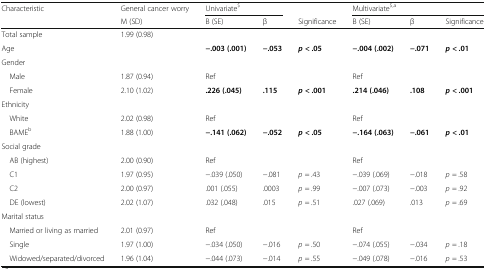
<table><thead><tr><td><b>Characteristic</b></td><td><b>General cancer worry</b></td><td colspan="2"><b>Univariate<sup>$</sup></b></td><td></td><td colspan="3"><b>Multivariate<sup>$,a</sup></b></td></tr><tr><td></td><td><b>M (SD)</b></td><td><b>B (SE)</b></td><td><b>β</b></td><td><b>Significance</b></td><td><b>B (SE)</b></td><td><b>β</b></td><td><b>Significance</b></td></tr></thead><tbody><tr><td>Total sample</td><td>1.99 (0.98)</td><td></td><td></td><td></td><td></td><td></td><td></td></tr><tr><td>Age</td><td></td><td><b>−.003 (.001)</b></td><td><b>−.053</b></td><td><b><i>p</i></b> <b>&lt; .05</b></td><td><b>−.004 (.002)</b></td><td><b>−.071</b></td><td><b><i>p</i></b> <b>&lt; .01</b></td></tr><tr><td colspan="8">Gender</td></tr><tr><td> Male</td><td>1.87 (0.94)</td><td>Ref</td><td></td><td></td><td>Ref</td><td></td><td></td></tr><tr><td> Female</td><td>2.10 (1.02)</td><td><b>.226 (.045)</b></td><td><b>.115</b></td><td><b><i>p</i></b> <b>&lt; .001</b></td><td><b>.214 (.046)</b></td><td><b>.108</b></td><td><b><i>p</i></b> <b>&lt; .001</b></td></tr><tr><td colspan="8">Ethnicity</td></tr><tr><td> White</td><td>2.02 (0.98)</td><td>Ref</td><td></td><td></td><td>Ref</td><td></td><td></td></tr><tr><td> BAME<sup>b</sup></td><td>1.88 (1.00)</td><td><b>−.141 (.062)</b></td><td><b>−.052</b></td><td><b><i>p</i></b> <b>&lt; .05</b></td><td><b>−.164 (.063)</b></td><td><b>−.061</b></td><td><b><i>p</i></b> <b>&lt; .01</b></td></tr><tr><td colspan="8">Social grade</td></tr><tr><td> AB (highest)</td><td>2.00 (0.90)</td><td>Ref</td><td></td><td></td><td>Ref</td><td></td><td></td></tr><tr><td> C1</td><td>1.97 (0.95)</td><td>−.039 (.050)</td><td>−.081</td><td><i>p</i> = .43</td><td>−.039 (.069)</td><td>−.018</td><td><i>p</i> = .58</td></tr><tr><td> C2</td><td>2.00 (0.97)</td><td>.001 (.055)</td><td>.0003</td><td><i>p</i> = .99</td><td>−.007 (.073)</td><td>−.003</td><td><i>p</i> = .92</td></tr><tr><td> DE (lowest)</td><td>2.02 (1.07)</td><td>.032 (.048)</td><td>.015</td><td><i>p</i> = .51</td><td>.027 (.069)</td><td>.013</td><td><i>p</i> = .69</td></tr><tr><td colspan="8">Marital status</td></tr><tr><td> Married or living as married</td><td>2.01 (0.97)</td><td>Ref</td><td></td><td></td><td>Ref</td><td></td><td></td></tr><tr><td> Single</td><td>1.97 (1.00)</td><td>−.034 (.050)</td><td>−.016</td><td><i>p</i> = .50</td><td>−.074 (.055)</td><td>−.034</td><td><i>p</i> = .18</td></tr><tr><td> Widowed/separated/divorced</td><td>1.96 (1.04)</td><td>−.044 (.073)</td><td>−.014</td><td><i>p</i> = .55</td><td>−.049 (.078)</td><td>−.016</td><td><i>p</i> = .53</td></tr></tbody></table>